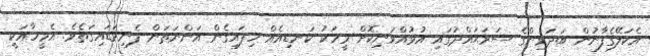
އެކަލޭގެފާނުން ބަދަވިންގެ ސަރަޙައްދުގައި އުޅުއްވަނިކޮށް މީހަކު ކަނޑިއެއް ހިފައިގެން އަންނަތަން ފެނިވަޑައިގަތެވެ. އެމީހާއަކީ